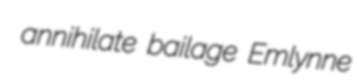
annihilate bailage Emlynne